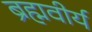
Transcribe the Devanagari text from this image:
ब्रह्मवीर्य